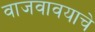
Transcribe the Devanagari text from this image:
वाजवावयाचे